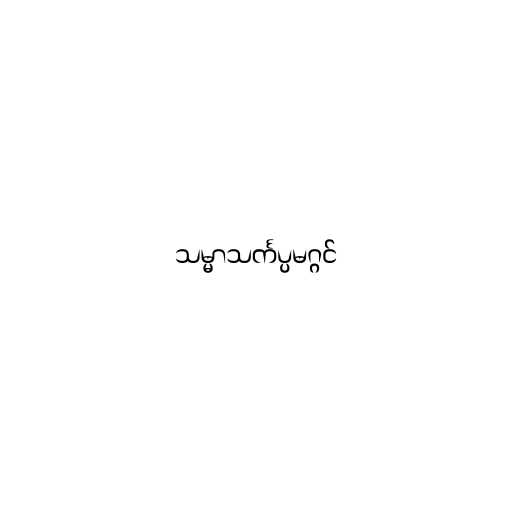
သမ္မာသင်္ကပ္ပမဂ္ဂင်